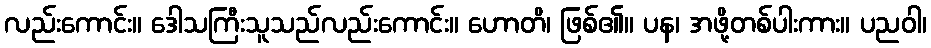
လည်းကောင်း။ ဒေါသကြီးသူသည်လည်းကောင်း။ ဟောတိ၊ ဖြစ်၏။ ပန၊ အဖို့တစ်ပါးကား။ ပညဝါ၊